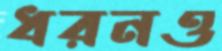
ধরনও